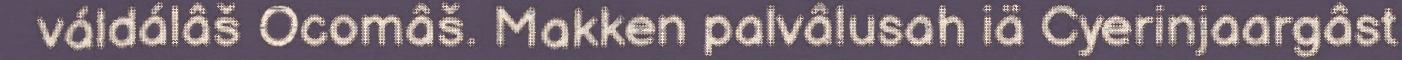
váldálâš Ocomâš. Makken palvâlusah iä Cyerinjaargâst